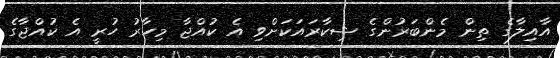
އާއިލާގެ ތިން މެންބަރުންގެ ޝިކާރައަކަށްވި އެ ކުއްޖާ މިހާރު ހުރީ އެ ކުއްޖާގެ